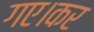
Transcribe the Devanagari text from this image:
गए।कर